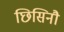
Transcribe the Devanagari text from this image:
छिसिनौ